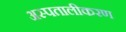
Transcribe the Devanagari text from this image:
अस्पतालीकरण